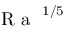
\mathrm { ~ \textit ~ { ~ R ~ a ~ } ~ } ^ { 1 / 5 }